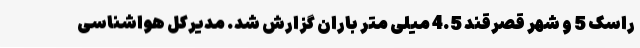
راسک 5 و شهر قصرقند 4.5 میلی متر باران گزارش شد. مدیرکل هواشناسی